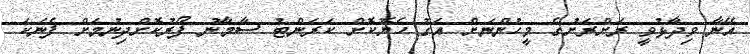
އޭނާ ވިދާޅުވީ ރަށްރަށުގެ މީހުންނަށް އަގު ހެޔޮކޮށް ކަރަންޓު ސާމާނު ފޯރުކޮށްދިނުމަށް ފެނަކަ